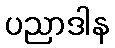
ပညာဒါန